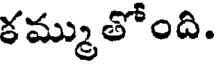
కమ్ముతోంది.